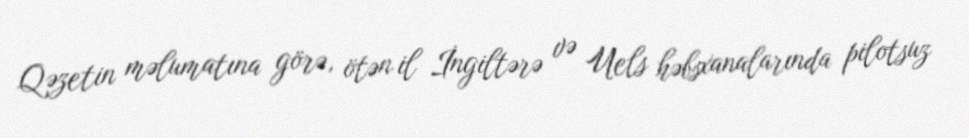
Qəzetin məlumatına görə, ötən il İngiltərə və Uels həbsxanalarında pilotsuz